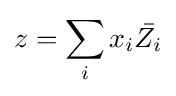
z=\sum _{i}x_{i}{\bar {Z_{i}}}